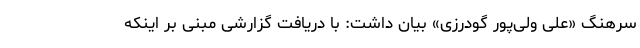
سرهنگ «علی ولی‌پور گودرزی» بیان داشت: با دریافت گزارشی مبنی بر اینکه